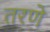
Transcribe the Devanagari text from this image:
तरणे